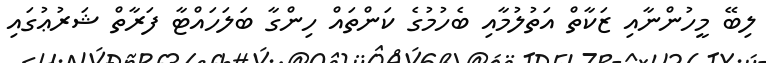
ލިބޭ މީހުންނާއި ޒަކާތް އަތުލުމާއި ބެހުމުގެ ކަންތައް ހިންގާ ބަލަހައްޓާ ފަރާތް ޝަރުޢުގައި